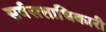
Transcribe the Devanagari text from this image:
सर्वसत्ताधिकारी